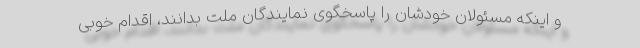
و اینکه مسئولان خودشان را پاسخگوی نمایندگان ملت بدانند، اقدام خوبی